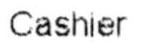
CASHIER